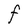
Character: F